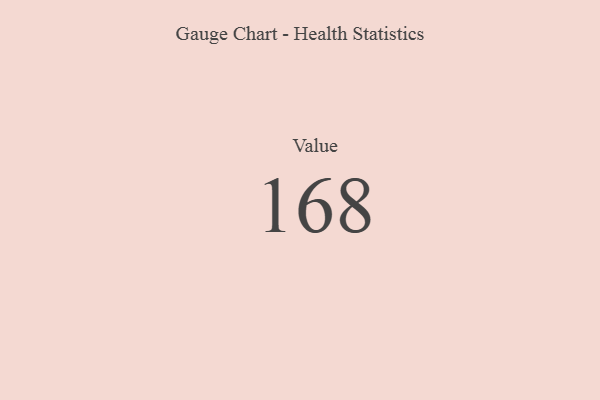
{"axis": {"x": "Metric", "y": "Value"}, "legend": [""], "data": [{"x": "Value", "y": 168, "type": ""}]}